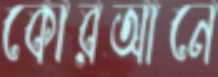
কোরআনে